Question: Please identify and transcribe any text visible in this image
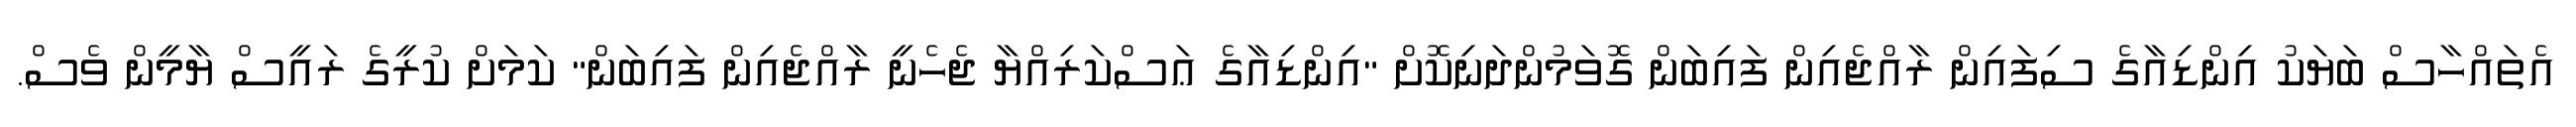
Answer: އެތައްހާސް ބަޔަކު އިންޑިއާގެ ސިފައިން ރާއްޖެއިން ފައިބަން ގޮވަމުންދަނިކޮށް "އިންޑިއާގެ ޢަސްކަރިއްޔާ ޖެހެނީ ރާއްޖެއިން ފައިބަން" ކަމަށް ކުރީގެ ރައީސް ޔާމީން ވެސް.